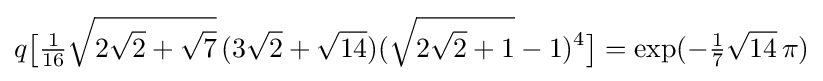
q{\bigl [}{\tfrac {1}{16}}{\sqrt {2{\sqrt {2}}+{\sqrt {7}}}}\,(3{\sqrt {2}}+{\sqrt {14}})({\sqrt {2{\sqrt {2}}+1}}-1)^{4}{\bigr ]}=\exp(-{\tfrac {1}{7}}{\sqrt {14}}\,\pi )